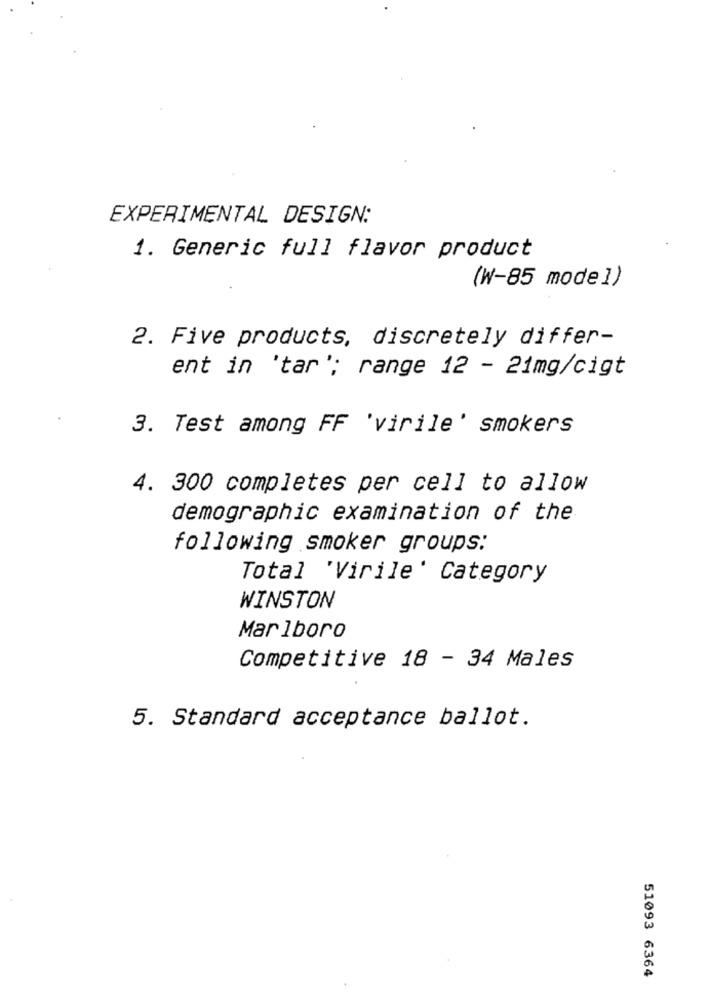
EXPERIMENTAL DESIGN:
1. Generic full flavor product
(W-85 model)
2. Five products, discretely differ-
ent in 'tar'; range 12 - 21mg/cigt
3. Test among FF 'virile' smokers
4. 300 completes per cell to allow
demographic examination of the
following smoker groups:
Total 'Virile' Category
WINSTON
Marlboro
Competitive 18 - 34 Males
5. Standard acceptance ballot.
51093 6364